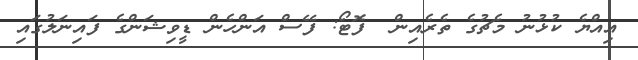
އިއްޔެ ކުޅުނު މެޗުގެ ތެރެއިން  ފޮޓޯ: ފޭސް އަންހެން ޑީވިޝަންގެ ފައިނަލުގައި